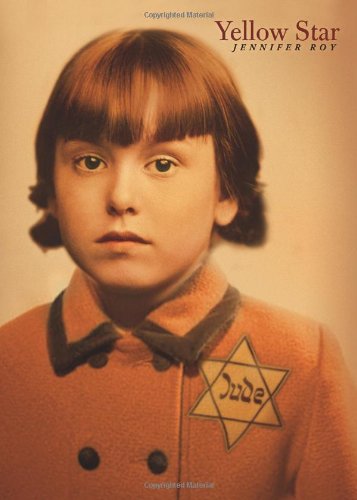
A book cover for Yellow Star; Jennifer Roy; Children's Books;